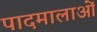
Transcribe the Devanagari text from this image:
पादमालाओं